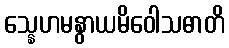
သ္နေဟမနွာယမိဝေါသဓာတိ